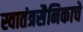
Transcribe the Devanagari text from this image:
स्वातंत्रसैनिकाचे